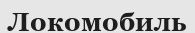
Локомобиль